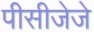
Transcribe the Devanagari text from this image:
पीसीजेजे